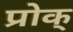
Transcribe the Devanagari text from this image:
प्रोक्